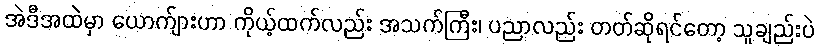
အဲဒီအထဲမှာ ယောက်ျားဟာ ကိုယ့်ထက်လည်း အသက်ကြီး၊ ပညာလည်း တတ်ဆိုရင်တော့ သူချည်းပဲ